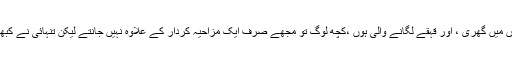
بظاہر میں بہت خوش مزاج ، دوستوں میں گھری ، اور قہقے لگانے والی ہوں ،کچھ لوگ تو مجھے صرف ایک مزاحیہ کردار کے علاوہ نہیں جانتے لیکن تنہائی نے کبھی ہجوم میں بھی اکیلے نہیں چھوڑا ۔